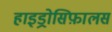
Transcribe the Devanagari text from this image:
हाइड्रोसिफ़ालस